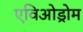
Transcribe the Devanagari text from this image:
एविओड्रोम